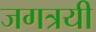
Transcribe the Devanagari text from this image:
जगत्रयी